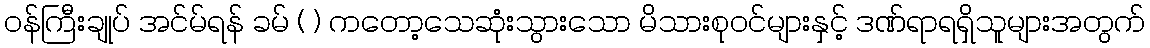
ဝန်ကြီးချုပ် အင်မ်ရန် ခမ် ( ) ကတော့သေဆုံးသွားသော မိသားစုဝင်များနှင့် ဒဏ်ရာရရှိသူများအတွက်